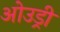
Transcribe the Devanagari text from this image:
ओउड्री